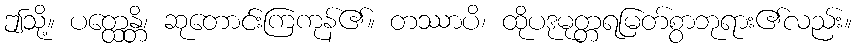
ဤသို့။ ပတ္ထေန္တိ၊ ဆုတောင်းကြကုန်၏။ တဿာပိ၊ ထိုပဒုမုတ္တရမြတ်စွာဘုရား၏လည်း။